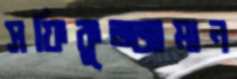
সফিকুজ্জামান